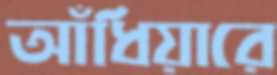
আঁধিয়ারে